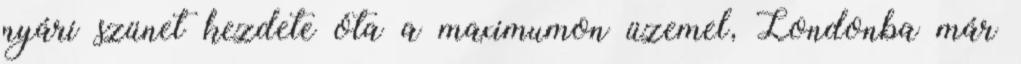
nyári szünet kezdete óta a maximumon üzemel, Londonba már